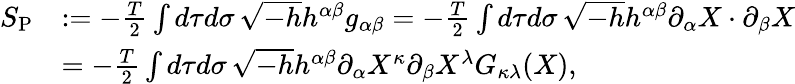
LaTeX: \begin{array}{rl}{S_{\mathrm{P}}}&{:=-\frac{T}{2}\int d\tau d\sigma\, \sqrt{-h}h^{\alpha\beta}g_{\alpha\beta}=-\frac{T}{2}\int d\tau d\sigma\, \sqrt{-h}h^{\alpha\beta}\partial_{\alpha}X\cdot\partial_{\beta}X}\\ &{=-\frac{T}{2}\int d\tau d\sigma\, \sqrt{-h}h^{\alpha\beta}\partial_{\alpha}X^{\kappa}\partial_{\beta}X^{\lambda}G_{\kappa\lambda}(X),}\end{array}